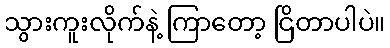
သွားကူးလိုက်နဲ့ ကြာတော့ ငြိတာပါပဲ။